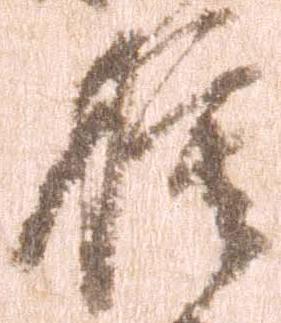
模